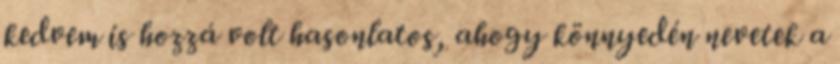
kedvem is hozzá volt hasonlatos, ahogy könnyedén nevetek a